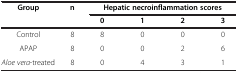
| Group | n | <COLSPAN=4> Hepatic necroinflammation scores |
 |  |  | 0 | 1 | 2 | 3 |
 | --- | --- | --- | --- | --- | --- |
 | Control | 8 | 8 | 0 | 0 | 0 |
 | APAP | 8 | 0 | 0 | 2 | 6 |
 | Aloe vera-treated | 8 | 0 | 4 | 3 | 1 |